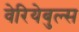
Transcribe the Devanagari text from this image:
वेरियेबुल्स